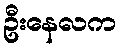
ဦးနေလက